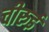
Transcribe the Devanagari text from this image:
चीरुई